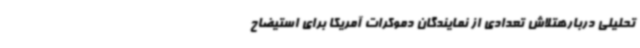
تحلیلی دربارهتلاش تعدادی از نمایندگان دموکرات آمریکا برای استیضاح